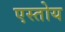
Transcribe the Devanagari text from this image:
एस्तोय